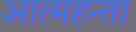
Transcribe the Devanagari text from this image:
आत्महन्ता